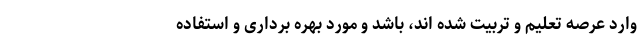
وارد عرصه تعلیم و تربیت شده اند، باشد و مورد بهره برداری و استفاده